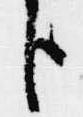
臣